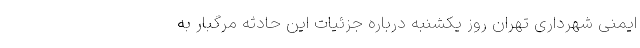
ایمنی شهرداری تهران روز یکشنبه درباره جزئیات این حادثه مرگبار به